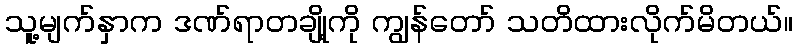
သူ့မျက်နှာက ဒဏ်ရာတချို့ကို ကျွန်တော် သတိထားလိုက်မိတယ်။